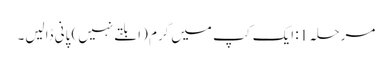
مرحلہ 1: ایک کپ میں گرم (ابلتے نہیں) پانی ڈالیں۔